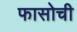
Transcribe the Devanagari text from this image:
फासोची